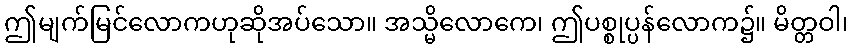
ဤမျက်မြင်လောကဟုဆိုအပ်သော။ အသ္မိလောကေ၊ ဤပစ္စုပ္ပန်လောက၌။ မိတ္တဝါ၊